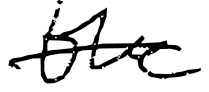
Text: the
Cross-out: single-line
Writing tool: digital_black